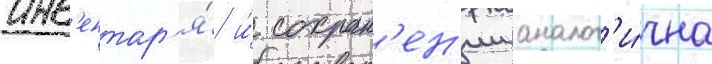
инв'ентар'я́ и́ сохран'ен'ии аналог'и́чна